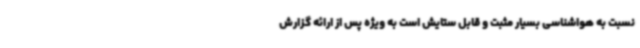
نسبت به هواشناسی بسیار مثبت و قابل ستایش است به ویژه پس از ارائه گزارش